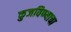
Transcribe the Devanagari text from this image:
कुजविण्याचा